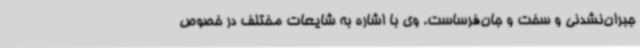
جبران‌نشدنی و سخت و جان‌فرساست. وی با اشاره به شایعات مختلف در خصوص